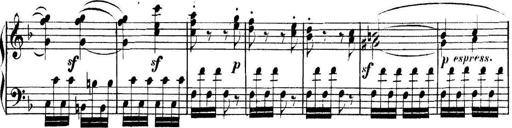
Title: Collected Piano Sonatas
Composer: Muzio Clementi